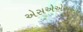
એસએએસએમ